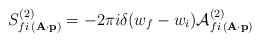
\begin{align*}S_{fi\,({\bf A\cdot p})}^{(2)}=-2\pi i\delta (w_{f}-w_{i}){\cal A}_{fi\,( {\bf A\cdot p})}^{(2)}\end{align*}